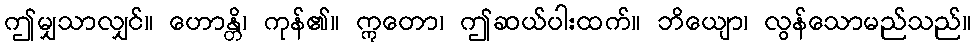
ဤမျှသာလျှင်။ ဟောန္တိ၊ ကုန်၏။ ဣတော၊ ဤဆယ်ပါးထက်။ ဘိယျော၊ လွန်သောမည်သည်။